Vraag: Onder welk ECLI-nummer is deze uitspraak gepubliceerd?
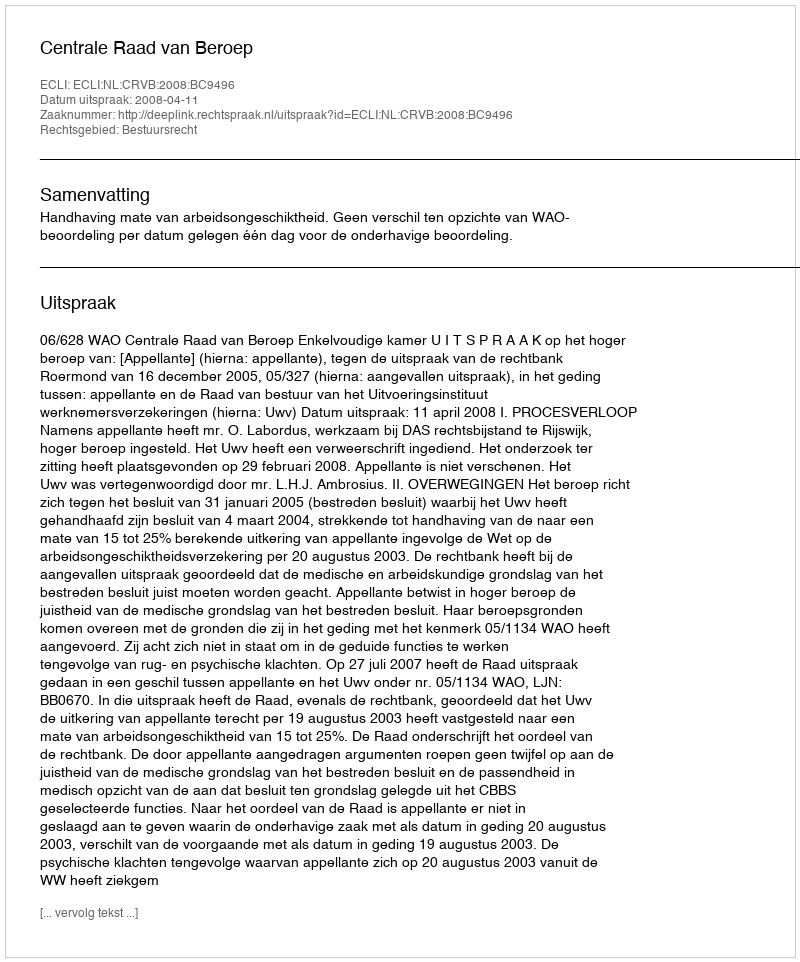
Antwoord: ECLI:NL:CRVB:2008:BC9496